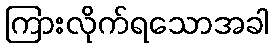
ကြားလိုက်ရသောအခါ